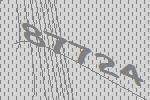
87724